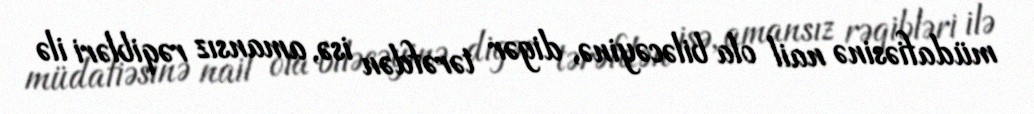
müdafiəsinə nail ola biləcəyinə, digər tərəfdən isə, amansız rəqibləri ilə